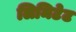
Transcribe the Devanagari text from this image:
लिमिटेट